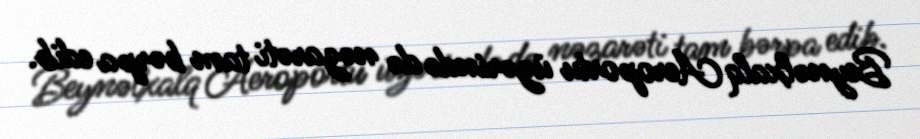
Beynəlxalq Aeroportu üzərində də nəzarəti tam bərpa edib.